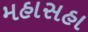
મહાસહા